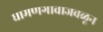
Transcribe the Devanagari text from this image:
धामणगावाजवळून